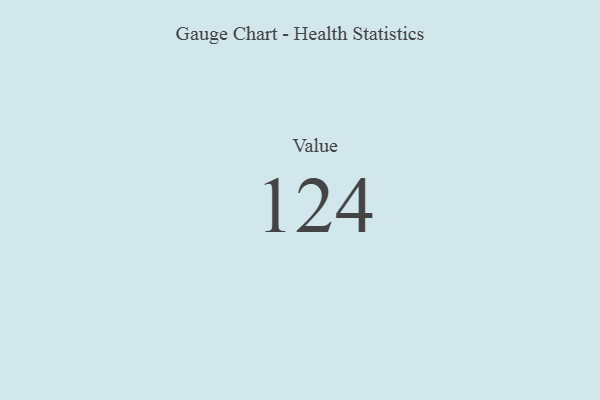
{"axis": {"x": "Metric", "y": "Value"}, "legend": [""], "data": [{"x": "Value", "y": 124, "type": ""}]}